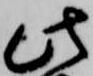
此